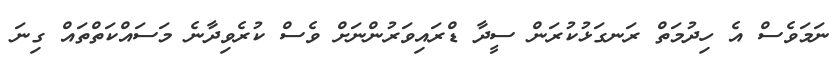
ނަމަވެސް އެ ހިދުމަތް ރަނގަޅުކުރަން ސީދާ ޑްރައިވަރުންނަށް ވެސް ކުރެވިދާނެ މަސައްކަތްތައް ގިނަ